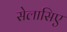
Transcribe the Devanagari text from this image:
सेलासिए